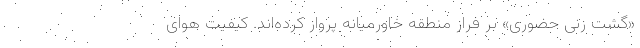
«گشت زنی حضوری» بر فراز منطقه خاورمیانه پرواز کرده‌اند. کیفیت هوای